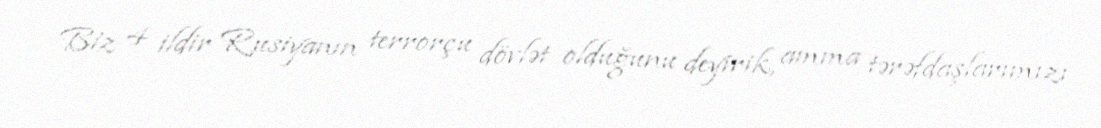
Biz 4 ildir Rusiyanın terrorçu dövlət olduğunu deyirik, amma tərəfdaşlarımızı